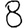
Digit: 8